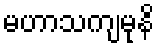
မဟာသကျမုနိ